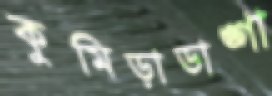
কুমিড়াডাঙ্গা